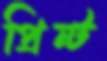
প্রিন্ট